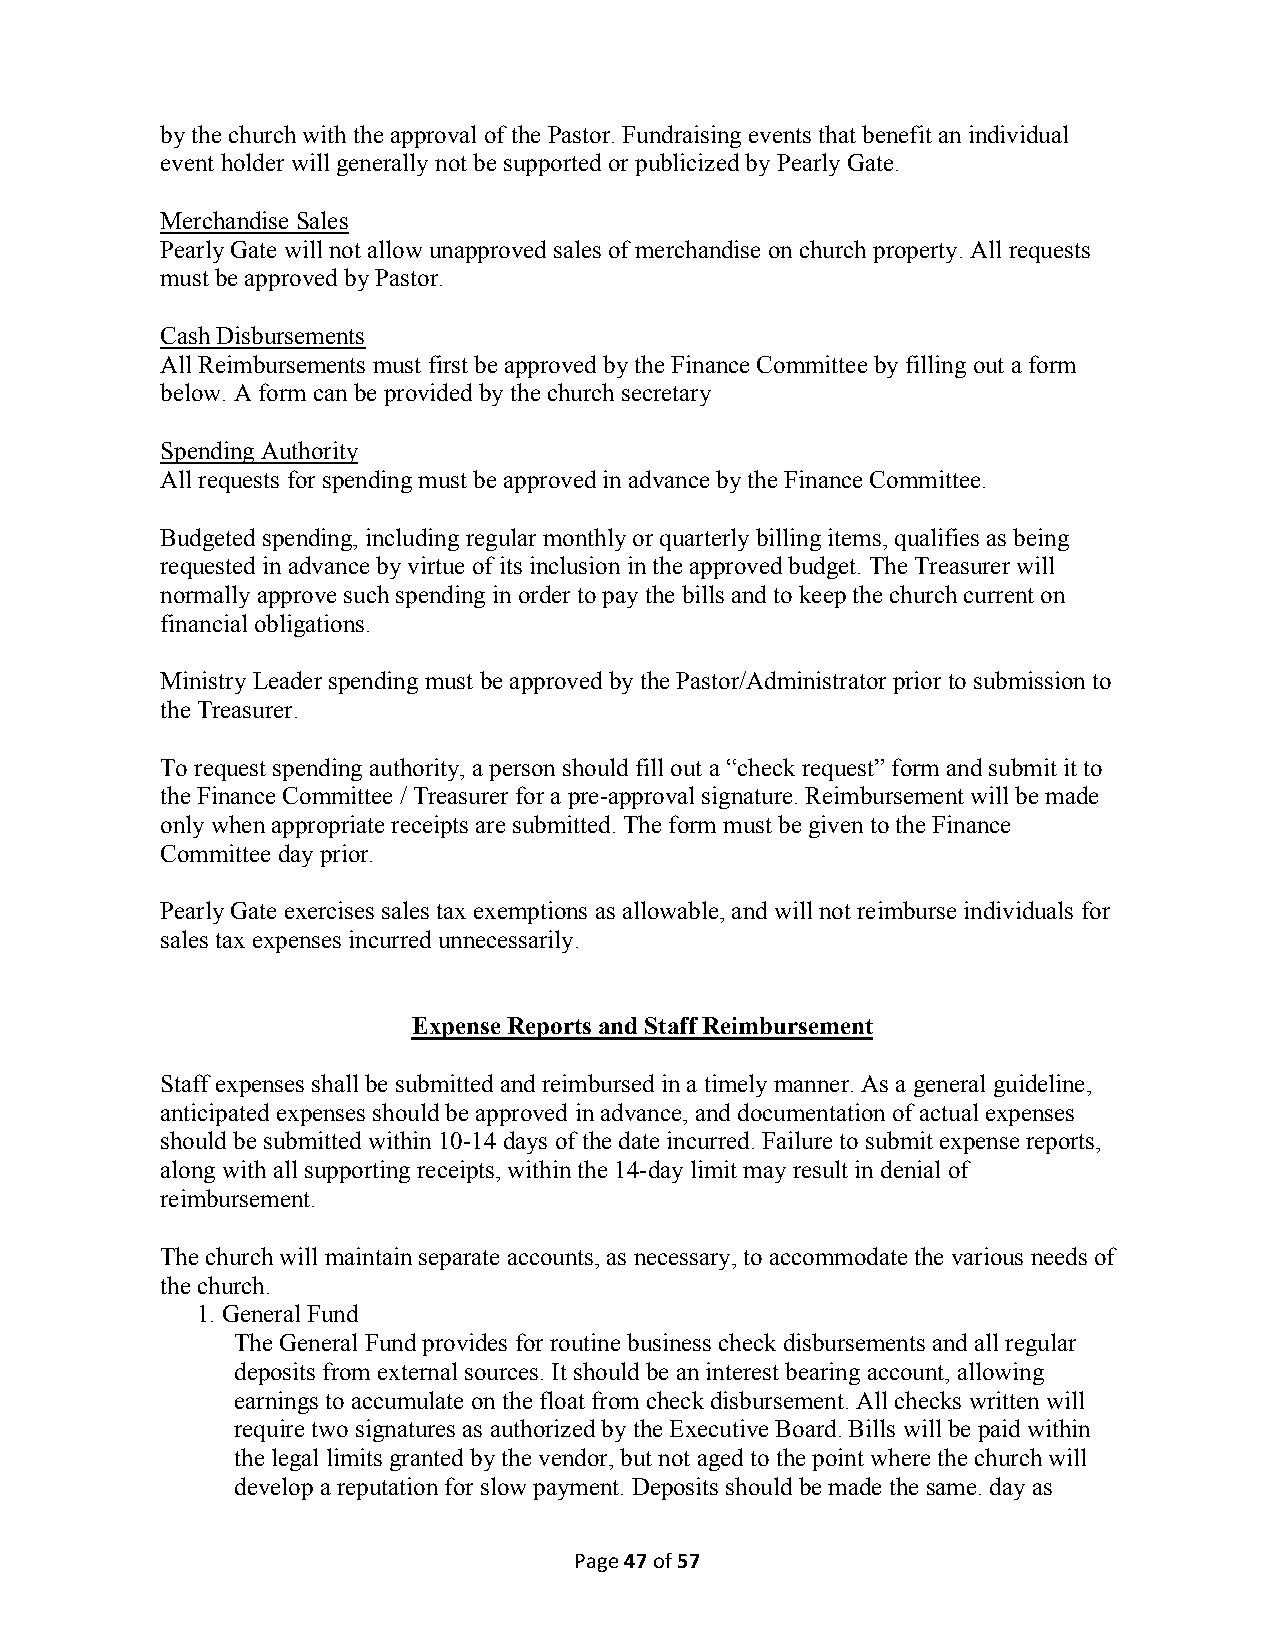
by the church with the approval of the Pastor. Fundraising events that benefit an individual
 event holder will generally not be supported or publicized by Pearly Gate.
 Merchandise Sales
 Pearly Gate will not allow unapproved sales of merchandise on church property. All requests
 must be approved by Pastor.
 Cash Disbursements
 All Reimbursements must first be approved by the Finance Committee by filling out a form
 below. A form can be provided by the church secretary
 Spending Authority
 All requests for spending must be approved in advance by the Finance Committee.
 Budgeted spending, including regular monthly or quarterly billing items, qualifies as being
 requested in advance by virtue of its inclusion in the approved budget. The Treasurer will
 normally approve such spending in order to pay the bills and to keep the church current on
 financial obligations.
 Ministry Leader spending must be approved by the Pastor/Administrator prior to submission to
 the Treasurer.
 To request spending authority, a person should fill out a “check request” form and submit it to
 the Finance Committee / Treasurer for a pre-approval signature. Reimbursement will be made
 only when appropriate receipts are submitted. The form must be given to the Finance
 Committee day prior.
 Pearly Gate exercises sales tax exemptions as allowable, and will not reimburse individuals for
 sales tax expenses incurred unnecessarily.
 Expense Reports and Staff Reimbursement
 Staff expenses shall be submitted and reimbursed in a timely manner. As a general guideline,
 anticipated expenses should be approved in advance, and documentation of actual expenses
 should be submitted within 10-14 days of the date incurred. Failure to submit expense reports,
 along with all supporting receipts, within the 14-day limit may result in denial of
 reimbursement.
 The church will maintain separate accounts, as necessary, to accommodate the various needs of
 the church.
 1. General Fund
 The General Fund provides for routine business check disbursements and all regular
 deposits from external sources. It should be an interest bearing account, allowing
 earnings to accumulate on the float from check disbursement. All checks written will
 require two signatures as authorized by the Executive Board. Bills will be paid within
 the legal limits granted by the vendor, but not aged to the point where the church will
 develop a reputation for slow payment. Deposits should be made the same. day as
 Page 47 of 57